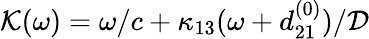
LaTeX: \mathcal{K}(\omega)=\omega/c+\kappa_{13}(\omega+d_{21}^{(0)})/\mathcal{D}